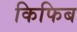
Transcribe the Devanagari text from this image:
किफिब